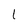
Character: I